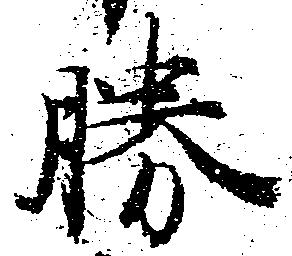
勝